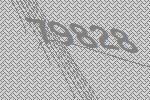
79828